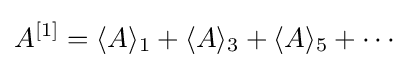
A^{[1]}=\langle A\rangle _{1}+\langle A\rangle _{3}+\langle A\rangle _{5}+\cdots